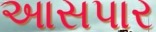
આસપાર